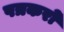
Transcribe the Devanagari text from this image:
पत्रकरों